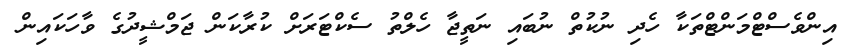
އިންވެސްޓްމަންޓްތަކާ ހެދި ނުކުތް ނުބައި ނަތީޖާ ހެލްތު ސެކްޓަރަށް ކުރާކަން ޖަމްޝީދުގެ ވާހަކައިން